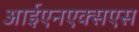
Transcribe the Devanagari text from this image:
आईएनएक्सएस